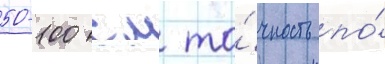
50-100 см то́чность по́